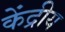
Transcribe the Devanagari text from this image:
केंद्रीय